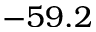
- 5 9 . 2